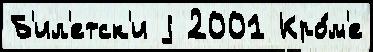
Б'ил'етск'и j 2001 Кро́м'е